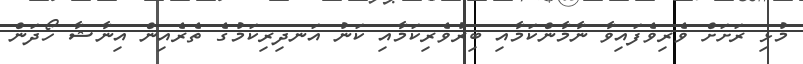
މުޅި ރަށަށް ވެރިވެފައިވާ ނާމާންކަމާއި ބިރުވެރިކަމާއި ކަނު އަނދިރިކަމުގެ ތެރެއިން އިނާޝާ ހޯދަން